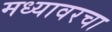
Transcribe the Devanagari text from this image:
मध्यावरचा